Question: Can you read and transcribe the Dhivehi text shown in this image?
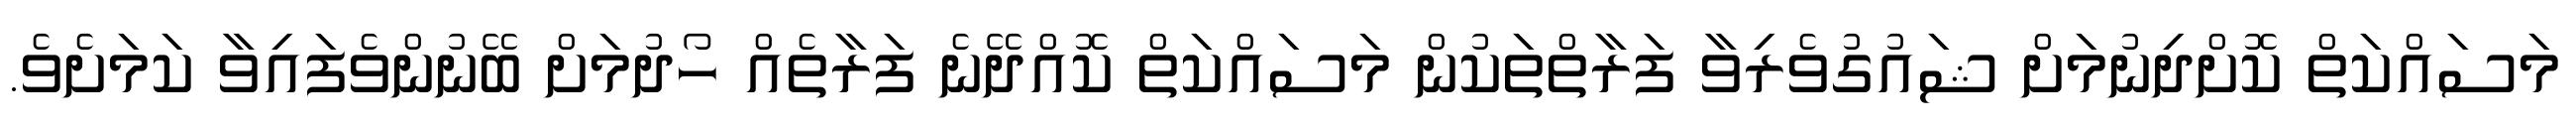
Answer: މަސައްކަތް ކޮށްދިނުމަށް ޝައުގުވެރިވާ ފަރާތްތަކުން މަސައްކަތް ކޮއްދޭނެ ފަރާތެއް ހޯދުމަށް ބޭނުންވެފައިވާ ކަމަށެވެ.